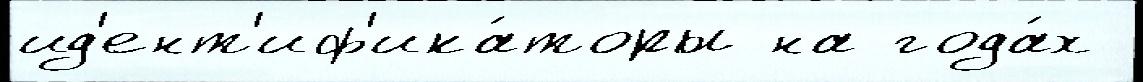
ид'ент'иф'ика́торы на года́х